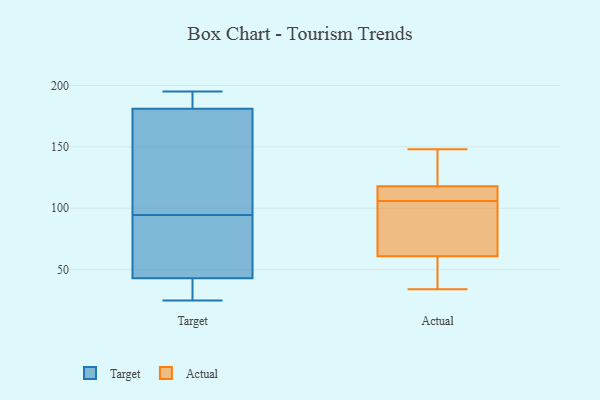
{"axis": {"x": "Population (Million)", "y": "Value"}, "legend": ["Actual", "Target"], "data": [{"x": "", "y": 25, "type": "Target"}, {"x": "", "y": 70, "type": "Target"}, {"x": "", "y": 105, "type": "Target"}, {"x": "", "y": 162, "type": "Target"}, {"x": "", "y": 59, "type": "Target"}, {"x": "", "y": 84, "type": "Target"}, {"x": "", "y": 43, "type": "Target"}, {"x": "", "y": 32, "type": "Target"}, {"x": "", "y": 191, "type": "Target"}, {"x": "", "y": 189, "type": "Target"}, {"x": "", "y": 181, "type": "Target"}, {"x": "", "y": 42, "type": "Target"}, {"x": "", "y": 195, "type": "Target"}, {"x": "", "y": 176, "type": "Target"}, {"x": "", "y": 118, "type": "Actual"}, {"x": "", "y": 61, "type": "Actual"}, {"x": "", "y": 148, "type": "Actual"}, {"x": "", "y": 107, "type": "Actual"}, {"x": "", "y": 49, "type": "Actual"}, {"x": "", "y": 111, "type": "Actual"}, {"x": "", "y": 34, "type": "Actual"}, {"x": "", "y": 105, "type": "Actual"}, {"x": "", "y": 144, "type": "Actual"}, {"x": "", "y": 96, "type": "Actual"}]}